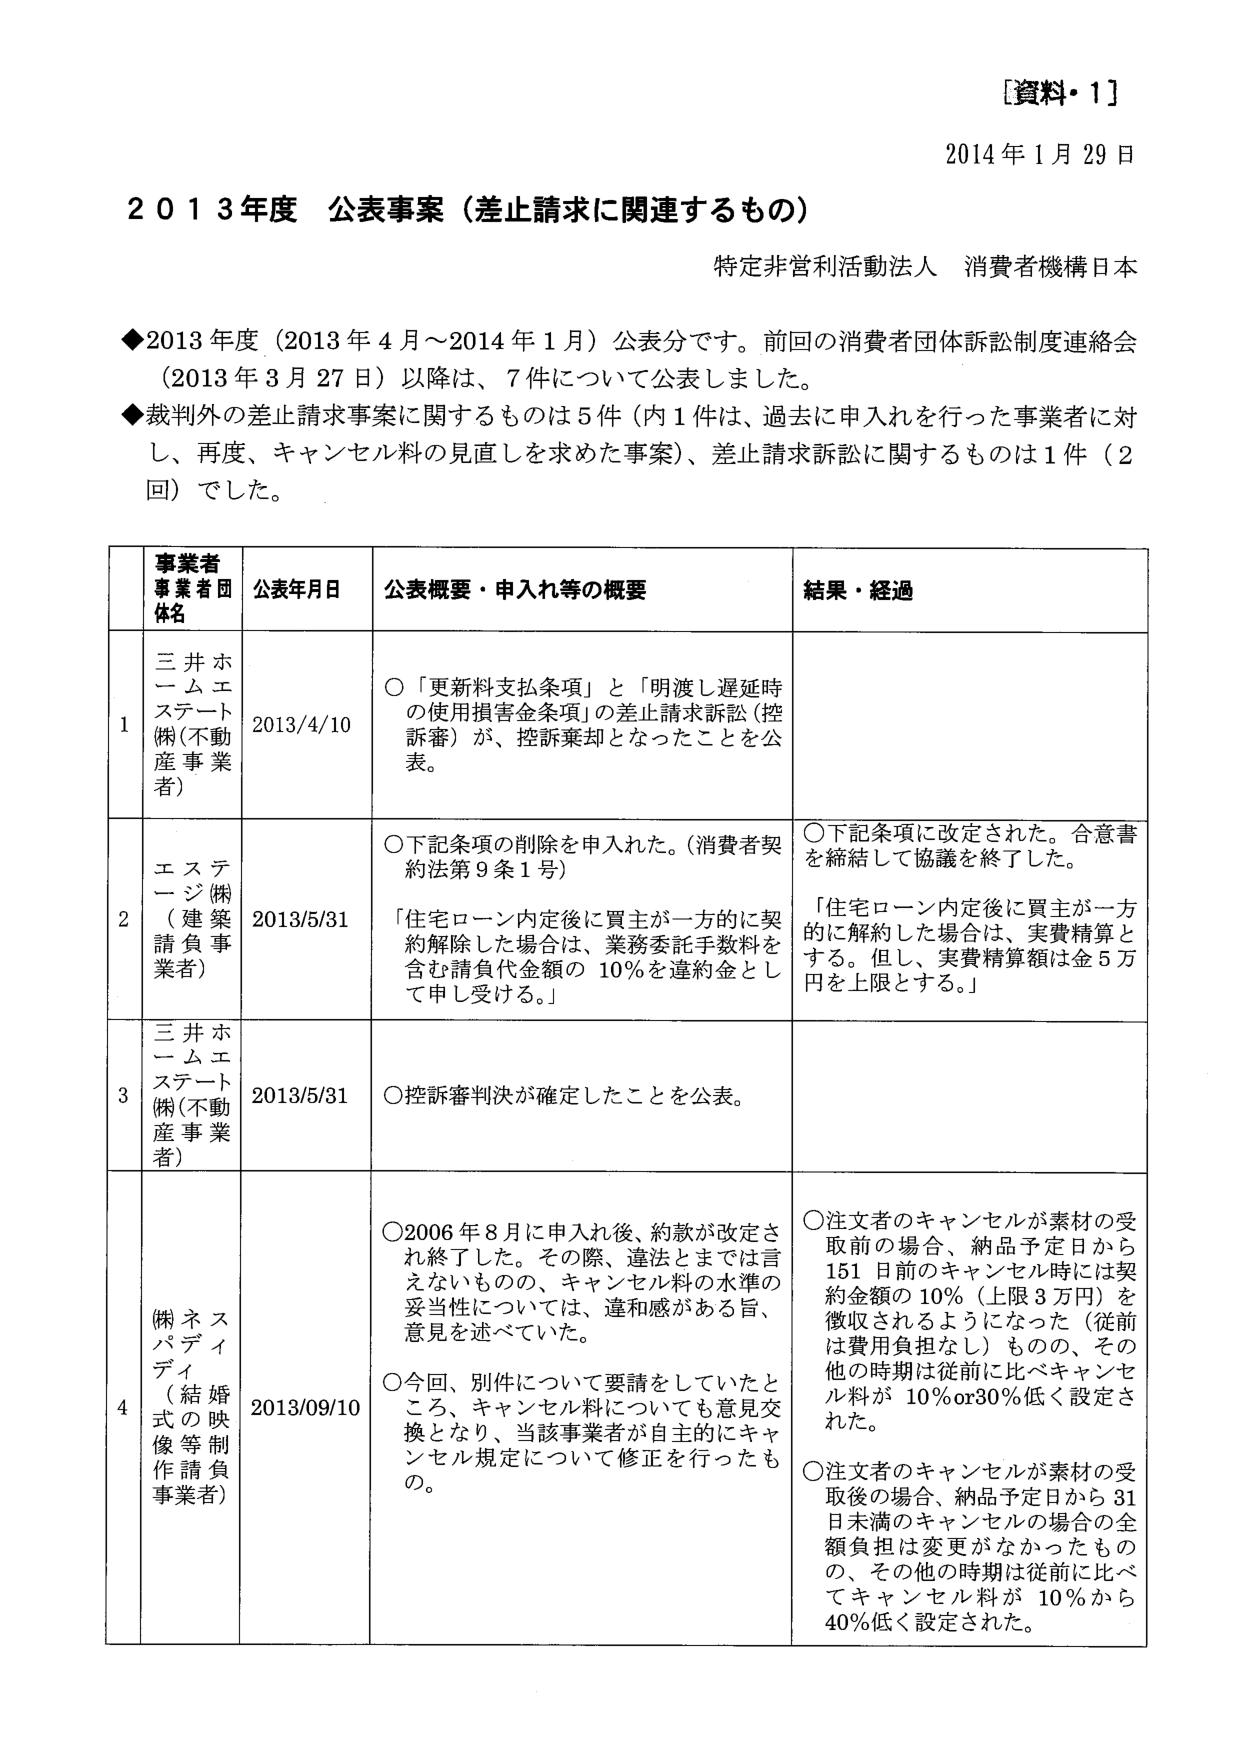
[資料・1]
2014年1月29日

2013年度 公表事案（差止請求に関連するもの）
特定非営利活動法人 消費者機構日本

◆2013年度（2013年4月～2014年1月）公表分です。前回の消費者団体訴訟制度連絡会（2013年3月27日）以降は、7件について公表しました。
◆裁判外の差止請求事案に関するものは5件（内1件は、過去に申入れを行った事業者に対し、再度、キャンセル料の見直しを求めた事案）、差止請求訴訟に関するものは1件（2回）でした。

| | 事業者 事業者団体名 | 公表年月日 | 公表概要・申入れ等の概要 | 結果・経過 |
|---|---|---|---|---|
| 1 | 三井ホームエステート(株)(不動産事業者) | 2013/4/10 | ○「更新料支払条項」と「明渡し遅延時の使用損害金条項」の差止請求訴訟（控訴審）が、控訴棄却となったことを公表。 | |
| 2 | エステージ(株)(建築請負事業者) | 2013/5/31 | ○下記条項の削除を申入れた。（消費者契約法第9条1号）「住宅ローン内定後に買主が一方的に契約解除した場合は、業務委託手数料を含む請負代金額の10％を違約金として申し受ける。」 | ○下記条項に改定された。合意書を締結して協議を終了した。「住宅ローン内定後に買主が一方的に解約した場合は、実費精算とする。但し、実費精算額は金5万円を上限とする。」 |
| 3 | 三井ホームエステート(株)(不動産事業者) | 2013/5/31 | ○控訴審判決が確定したことを公表。 | |
| 4 | (株)ネスパディ（結婚式の映像等制作請負事業者） | 2013/09/10 | ○2006年8月に申入れ後、約款が改定され終了した。その際、違法とまでは言えないものの、キャンセル料の水準の妥当性については、違和感がある旨、意見を述べていた。○今回、別件について要請をしていたところ、キャンセル料についても意見交換となり、当該事業者が自主的にキャンセル規定について修正を行ったもの。 | ○注文者のキャンセルが素材の受取前の場合、納品予定日から151日前のキャンセル時には契約金額の10％（上限3万円）を徴収されるようになった（従前は費用負担なし）ものの、その他の時期は従前と比べキャンセル料が10％or30％低く設定された。○注文者のキャンセルが素材の受取後の場合、納品予定日から31日未満のキャンセルの場合の全額負担は変更がなかったものの、その他の時期は従前と比べてキャンセル料が10％から40％低く設定された。 |